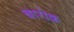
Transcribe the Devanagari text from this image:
बारोक़